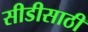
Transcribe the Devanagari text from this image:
सीडीसाठी